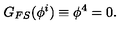
G _ { F S } ( \phi ^ { i } ) \equiv \phi ^ { 4 } = 0 .